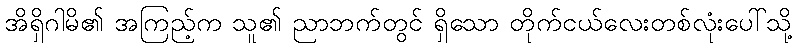
အိရှိဂါမိ၏ အကြည့်က သူ၏ ညာဘက်တွင် ရှိသော တိုက်ငယ်လေးတစ်လုံးပေါ်သို့